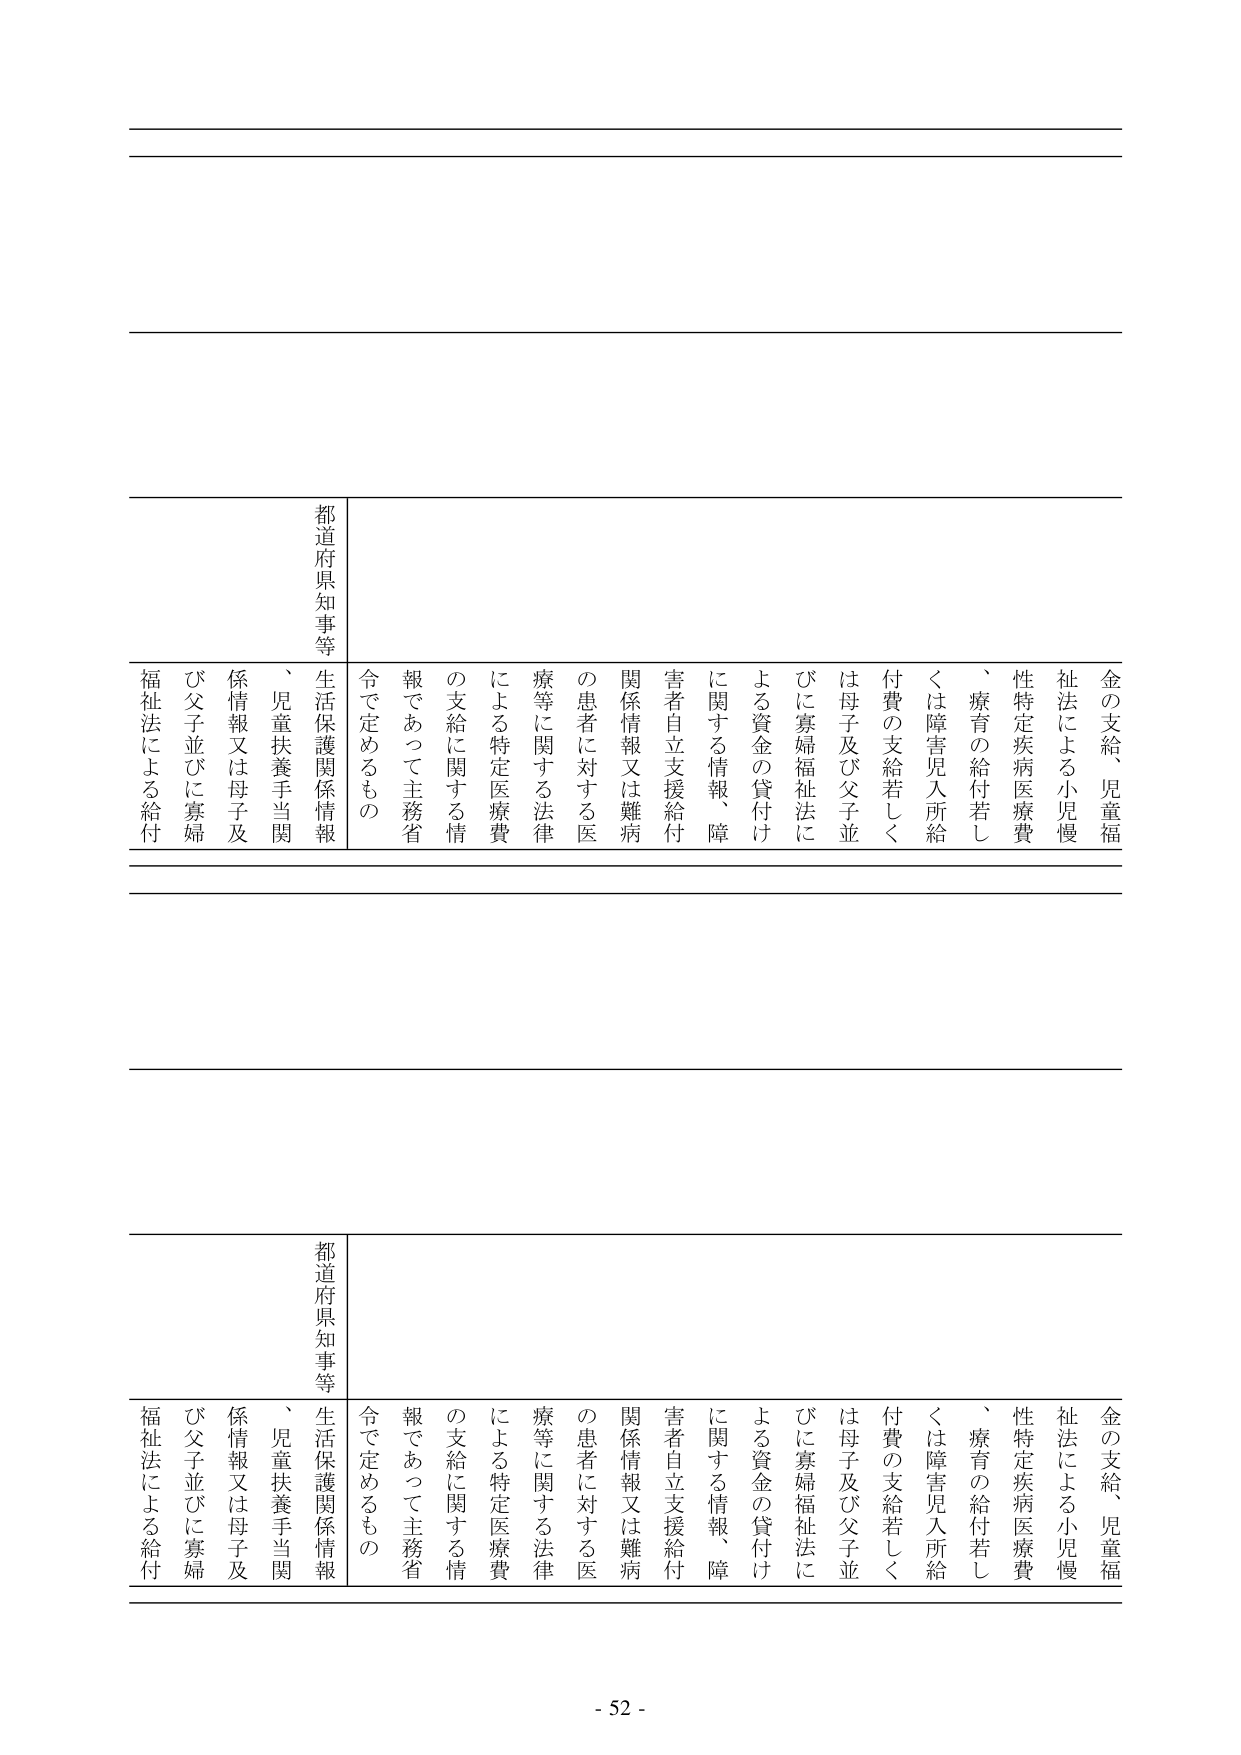
金の支給、児童福祉法による小児慢性特定疾病医療費、療育の給付若しくは障害児入所給付費の支給若しくは母子及び父子並びに寡婦福祉法による資金の貸付けに関する情報、障害者自立支援給付関係情報又は難病の患者に対する医療等に関する法律による特定医療費の支給に関する情報であって主務省令で定めるもの

都道府県知事等
生活保護関係情報、児童扶養手当関係情報又は母子及び父子並びに寡婦福祉法による給付

金の支給、児童福祉法による小児慢性特定疾病医療費、療育の給付若しくは障害児入所給付費の支給若しくは母子及び父子並びに寡婦福祉法による資金の貸付けに関する情報、障害者自立支援給付関係情報又は難病の患者に対する医療等に関する法律による特定医療費の支給に関する情報であって主務省令で定めるもの

都道府県知事等
生活保護関係情報、児童扶養手当関係情報又は母子及び父子並びに寡婦福祉法による給付

- 52 -